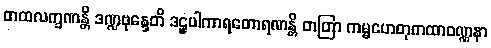
တထလက္ခဏန္တိ ဒဏ္ဍဗုန္ဒေတိ ဒဠှပါကာရတောရဏန္တိ တတြာ ကမ္မဟေတုကထာဝဏ္ဏနာ